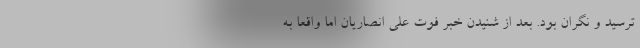
‌ترسید و نگران بود. بعد از شنیدن خبر فوت علی انصاریان اما واقعاً به